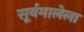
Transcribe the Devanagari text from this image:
सूर्यमालेला